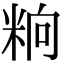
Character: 𥹝